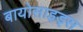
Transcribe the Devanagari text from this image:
बायोसाइड्स